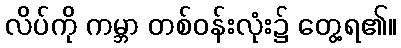
လိပ်ကို ကမ္ဘာ တစ်ဝန်းလုံး၌ တွေ့ရ၏။